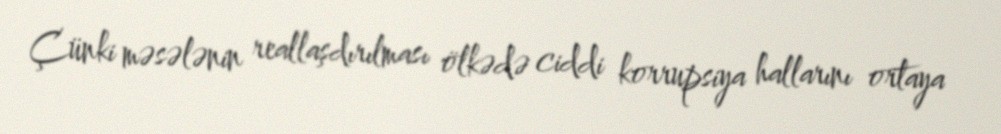
Çünki məsələnin reallaşdırılması ölkədə ciddi korrupsiya hallarını ortaya